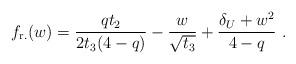
LaTeX: \begin{align*}f_{\mathrm{r.}}(w)=\frac{qt_2}{2t_3(4-q)}-\frac{w}{\sqrt{t_3}}+\frac{\delta_U+w^2}{4-q}\ .\end{align*}